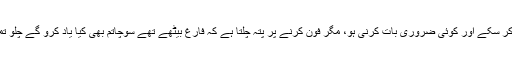
کسی کی مس کال آنے پراسے یہ سمجھ کر کا ل کریں کہ شائد اس کے پاس اتنا بیلنس نہ ہو کہ وہ بات کر سکے اور کوئی ضروری بات کرنی ہو، مگر فون کرنے پر پتہ چلتا ہے کہ فارغ بیٹھے تھے سوچاتم بھی کیا یاد کرو گے چلو تمہیں مس کال ہی مار دیں، کم از کم تمہیں یہ تو پتہ چلے کہ ہم بھی تمہیں ےاد رکھتے ہیں ،بھولے نہیں۔